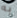
به